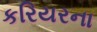
કરિયરના